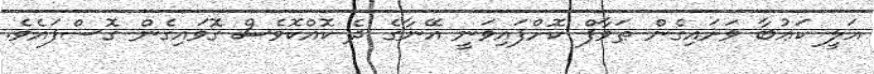
އަލީ ކަޢުބާ ވަށައިގެން ޠަވާފް ކޮށްފައިވަނީ އޭނާގެ ދެ ކޮއްކޮވެސް ގޮވައިގެން ގޮސްފައެވެ.